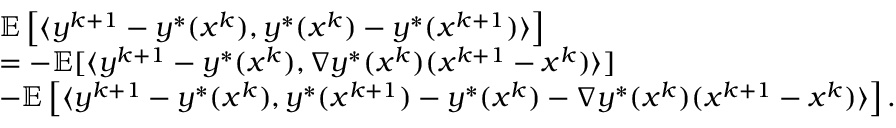
\begin{array} { r l } & { \mathbb { E } \left[ \langle y ^ { k + 1 } - y ^ { * } ( x ^ { k } ) , y ^ { * } ( x ^ { k } ) - y ^ { * } ( x ^ { k + 1 } ) \rangle \right] } \\ & { = - \mathbb { E } [ \langle y ^ { k + 1 } - y ^ { * } ( x ^ { k } ) , \nabla y ^ { * } ( x ^ { k } ) ( x ^ { k + 1 } - x ^ { k } ) \rangle ] } \\ & { - \mathbb { E } \left[ \langle y ^ { k + 1 } - y ^ { * } ( x ^ { k } ) , y ^ { * } ( x ^ { k + 1 } ) - y ^ { * } ( x ^ { k } ) - \nabla y ^ { * } ( x ^ { k } ) ( x ^ { k + 1 } - x ^ { k } ) \rangle \right] . } \end{array}